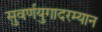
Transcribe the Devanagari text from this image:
सुवर्णयुगादरम्यान